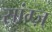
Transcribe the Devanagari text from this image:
सांग्ज़्‌